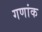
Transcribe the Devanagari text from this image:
गणांक